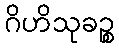
ဂိဟိသုခဉ္စ